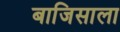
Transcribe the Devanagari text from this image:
बाजिसाला